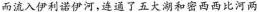
而流入伊利诺伊河，连通了五大湖和密西西比河两